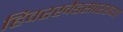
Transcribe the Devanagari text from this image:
हिवरखेडसारख्या